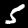
Digit: 5